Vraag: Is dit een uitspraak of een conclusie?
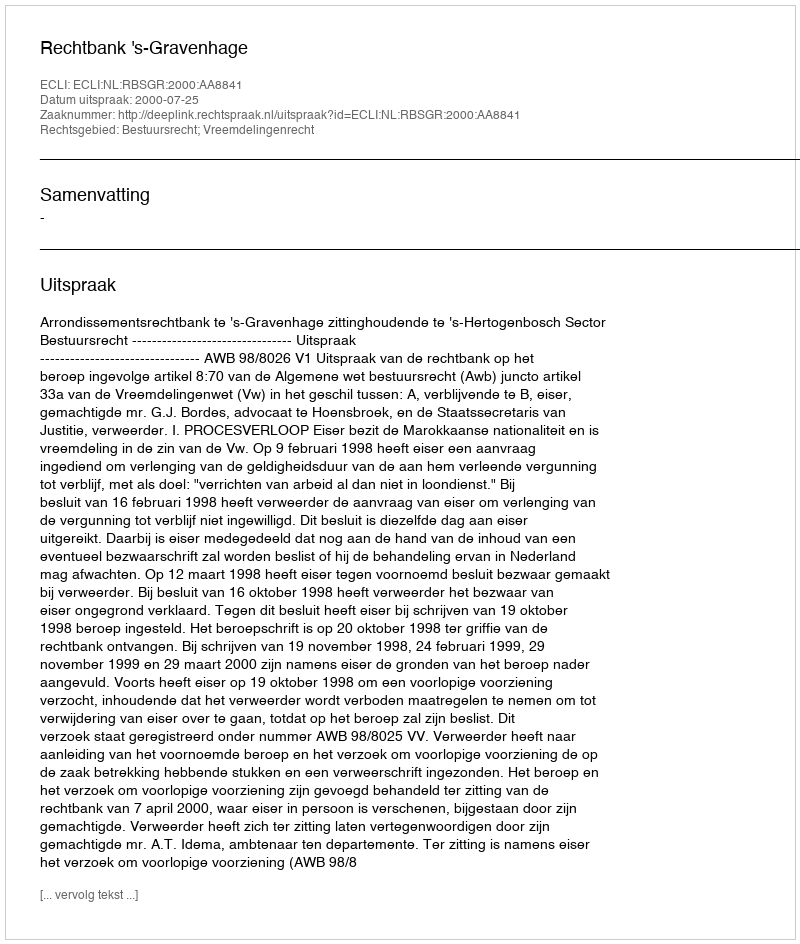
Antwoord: Uitspraak